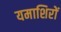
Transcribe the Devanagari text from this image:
यमाशिरों